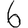
Digit: 6